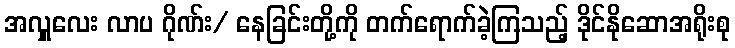
အလှူလေး လာပ ဂိုဏ်း/ နေခြင်းတို့ကို တက်ရောက်ခဲ့ကြသည့် ဒိုင်နိုဆောအရိုးစု